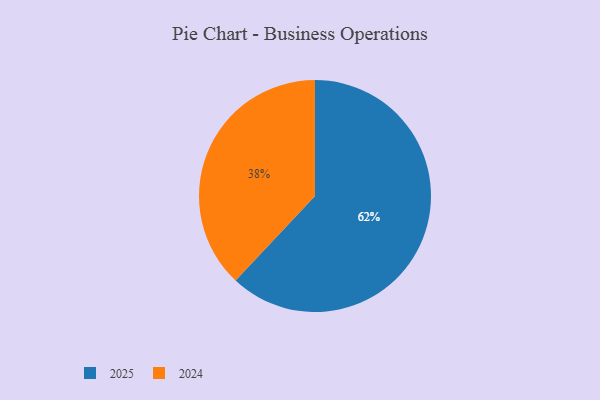
{"axis": {"x": "Category", "y": "Percentage"}, "legend": ["2024", "2025"], "data": [{"x": "2025", "y": 62, "type": "2025"}, {"x": "2024", "y": 38, "type": "2024"}]}